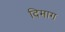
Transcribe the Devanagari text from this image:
दिमाग